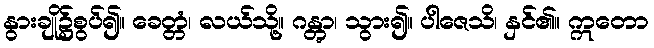
နွားချို၌စွပ်၍။ ခေတ္တံ၊ လယ်သို့။ ဂန္တွာ၊ သွား၍။ ပါဇေသိ၊ နှင်၏။ ဣတော